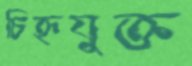
চিহ্নযুক্ত